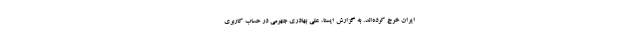
ایران خرج کرده‌اند. به گزارش ایسنا، علی بهادری جهرمی در حساب کاربری